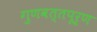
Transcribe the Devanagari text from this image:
गुणवत्तपूर्ण